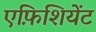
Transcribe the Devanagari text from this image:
एफ़िशियेंट